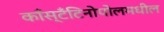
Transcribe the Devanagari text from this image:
काँस्टँटिनोपोलमधील